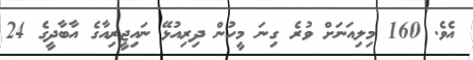
އެވެ. 160 މިލިއަނަށް ވުރެ ގިނަ މީހުން ދިރިއުޅޭ ނައިޖީރިއާގެ އާބާދީގެ 24